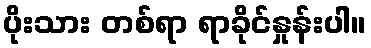
ပိုးသား တစ်ရာ ရာခိုင်နှုန်းပါ။